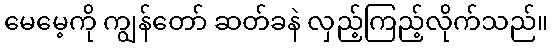
မေမေ့ကို ကျွန်တော် ဆတ်ခနဲ လှည့်ကြည့်လိုက်သည်။